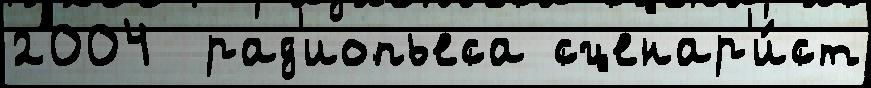
2004  рад'иопьеса сценар'и́ст